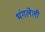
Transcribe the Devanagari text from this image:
भंगलेली